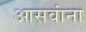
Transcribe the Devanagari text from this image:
आसवांना